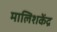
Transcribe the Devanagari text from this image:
मालिशकेंद्र